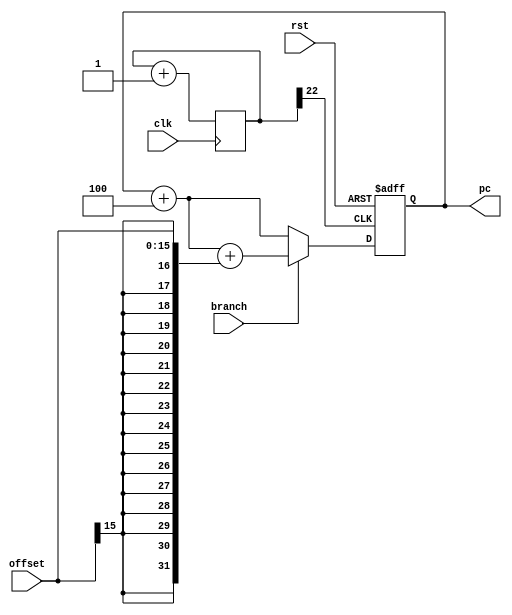
`timescale 1ns / 1ps
//////////////////////////////////////////////////////////////////////////////////
// Company: 
// Engineer: 
// 
// Design Name: 
// Module Name:    ProgramCounter 
// Project Name: 
// Target Devices: 
// Tool versions: 
// Description: 
//
// Dependencies: 
//
// Revision: 
// Revision 0.01 - File Created
// Additional Comments: 
//
//////////////////////////////////////////////////////////////////////////////////
module ProgramCounter(input wire clk,input wire [15:0] offset,input wire branch, output reg [31:0] pc,input wire rst);
	wire [31:0] pc_next, pc_non_jump, pc_jump;
	reg [22:0] clk1;
	
	always@(posedge clk)begin
		clk1 = clk1+1;
	end
	always @(posedge clk1[22] or posedge rst)
	begin
		if(rst)
		begin
			pc <= 32'd0; 		// reset condition
		end
		else
			pc <= pc_next; 	// set next value of pc
	end
	assign pc_non_jump = pc + 32'd4; 								// calculate pc for non-branching instructions
	assign pc_jump = pc + 32'd4 + {{16{offset[15]}},offset}; 	// calculate pc for branching instructions
	assign pc_next = (branch)? pc_jump: pc_non_jump; 			// Select next pc value
endmodule